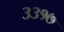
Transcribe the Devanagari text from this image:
३३१७